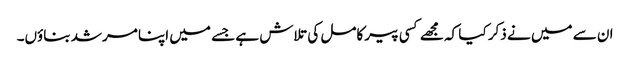
ان سے میں نے ذکر کیا کہ مجھے کسی پیر کامل کی تلاش ہے جسے میں اپنا مرشد بناؤں۔